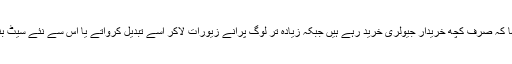
انہوں نے کہا کہ صرف کچھ خریدار جیولری خرید رہے ہیں جبکہ زیادہ تر لوگ پرانے زیورات لاکر اسے تبدیل کرواتے یا اس سے نئے سیٹ بنوا رہے ہیں۔